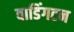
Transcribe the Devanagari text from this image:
वाडिंगटन